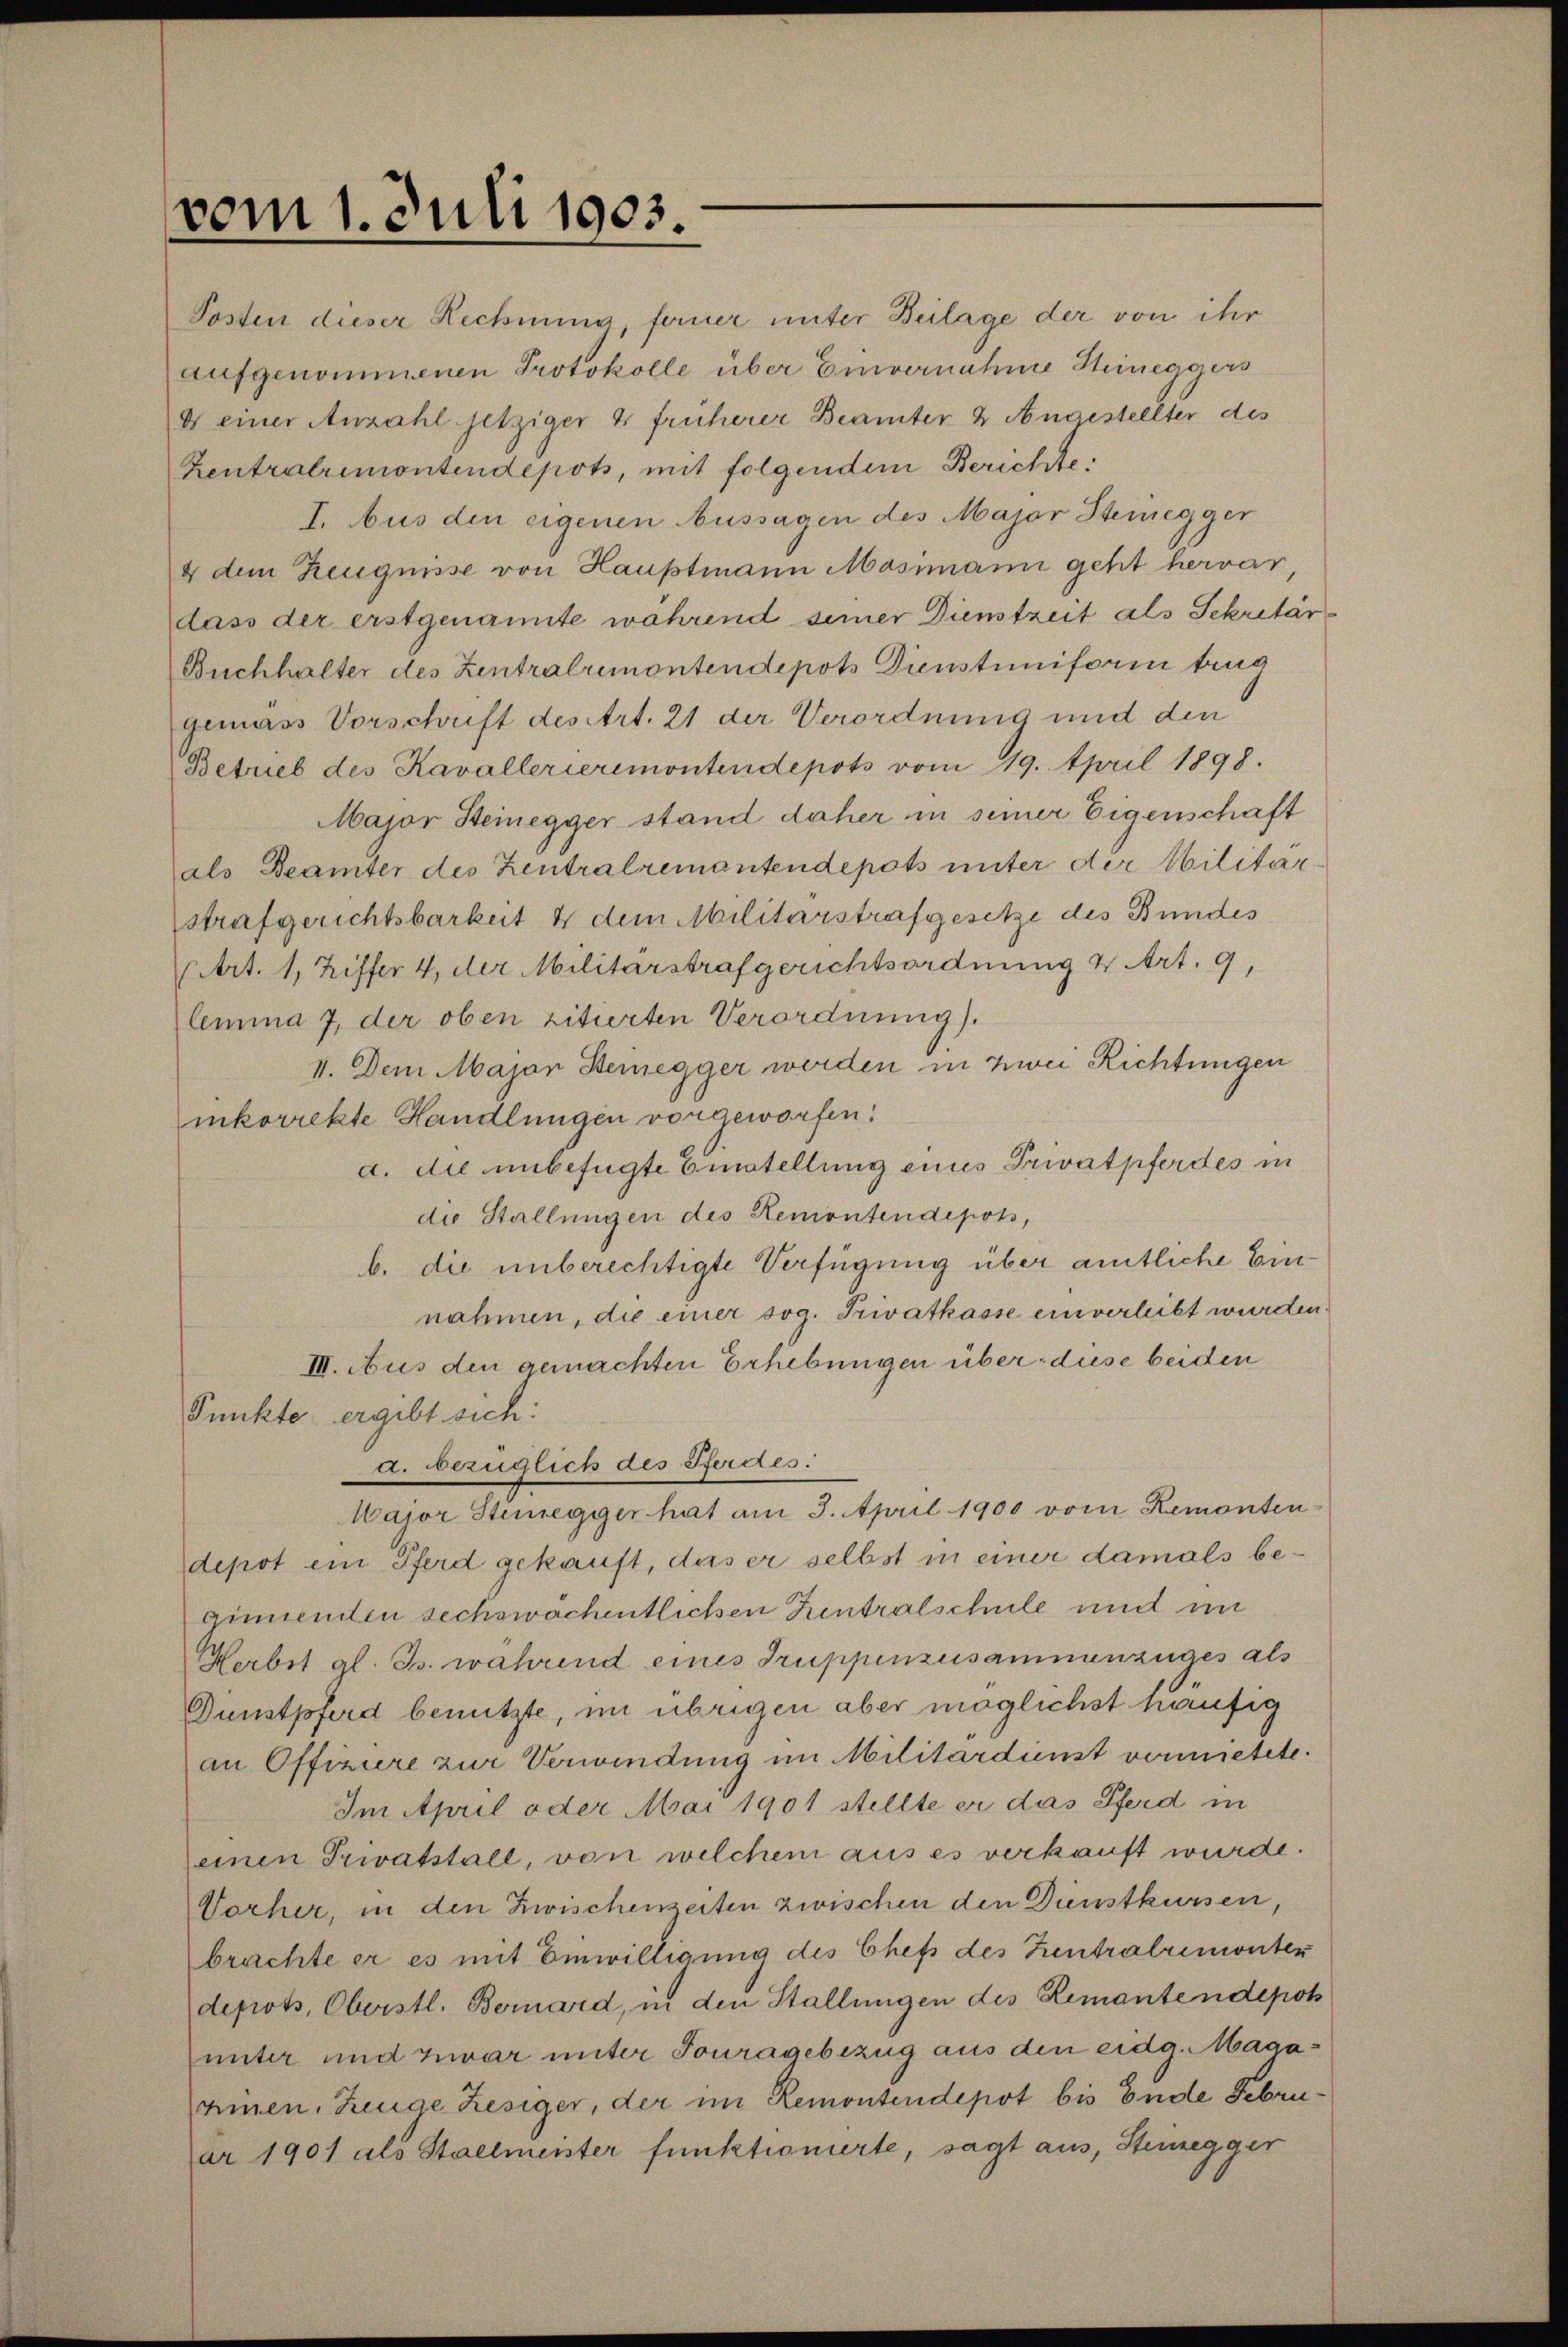
vom 1. Juli 1903.

Posten dieser Rechnung, ferner unter Beilage der von ihr
aufgenommenen Protokolle über Einvernahme Steineggers
e einer Anzahl jetziger 4 früherer Beamter & Angestellter des
Zentratrimontendepots, mit folgendem Berichte
I. Aus den eigenen Aussagen des Major Steinegger
4 dem Zeugnisse von Hauptmann Masimann geht hervor,
dass der erstgenannte während seiner Dienstzeit als Sekretär¬
Buchhalter des Zentralremontendepots Dienstuniforin trug
gemäss Vorschrift des Art. 21 der Verordnung und den
Betrieb des Kavallerieremontendepots vom 19. April 1898.
Major Steinegger stand daher in seiner Eigenschaft
als Beamter des Zentralremantendepots unter der Militär
strafgerichtsbarkeit & dem Militärstrafgesetze des Bundes
Art. 1, Ziffer 4, der Militärstrafgerichtsordnung v. Art. 9,
lemma 7, der oben zitierten Verordnung).
II. Dem Major Beregger werden in Zwei Richtungen
inkorrekte Handlungen vorgeworfen.
a. die unbefügte Oestellung eines Privatpferdes in
die Stallungen des Remontendepots,
b. die unberechtigte Verfügung über amtliche Einnahmen, die einer sog. Privatkasse einverleibt wurden
III. Aus den gemachten Erhebungen über diese beiden
Punkte ergibt sich:
a. bezüglich des Pferdes:
Major Stenegger hat am 3. April 1900 vom Remonten-
depot ein Pferd gekauft, das er selbst in einer damals beginnenden sechswochentlichen Zentralschule und im
Herbst gl. Js. während eines Truppenzusammenzuges als
Dunstpferd benutzte, im übrigen aber möglichst häufig
an Offiziere zur Verbindung im Militärdienst vermietete.
Im April oder Mai 1901 stellte er das Pferd in
einen Privatstall, von welchem aus es verkauft wurde.
Vorher, in den Zwischenzeiten zwischen den Dienstkursen,
brachte er es mit Einwilligung des Chefs des Zentralremonten
depots, Oberstl. Bernard, in den Stallungen des Remantendepos
unter und zwar unter Fouragebezug aus den eidg. Magaeinen, Zeuge Resiger, der im Remontendepot bis Ende Februar 1901 als Stallmeister funktionierte, sagt aus, Steinegger